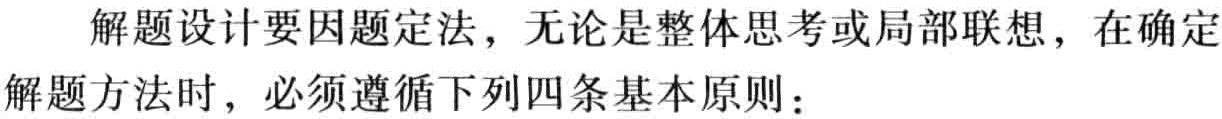
解题设计要因题定法，无论是整体思考或局部联想，在确定
解题方法时，必须遵循下列四条基本原则：